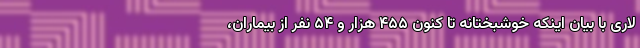
لاری با بیان اینکه خوشبختانه تا کنون ۴۵۵ هزار و ۵۴ نفر از بیماران،